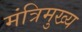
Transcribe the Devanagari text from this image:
मंत्रिमुख्य